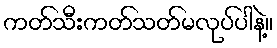
ကတ်သီးကတ်သတ်မလုပ်ပါနဲ့။